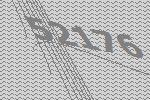
52176